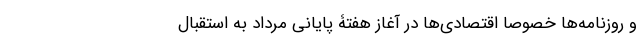
و روزنامه‌ها خصوصا اقتصادی‌ها در آغاز هفتۀ پایانی مرداد به استقبال